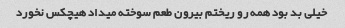
خیلی بد بود همه رو ریختم بیرون طعم سوخته میداد هیچکس نخورد